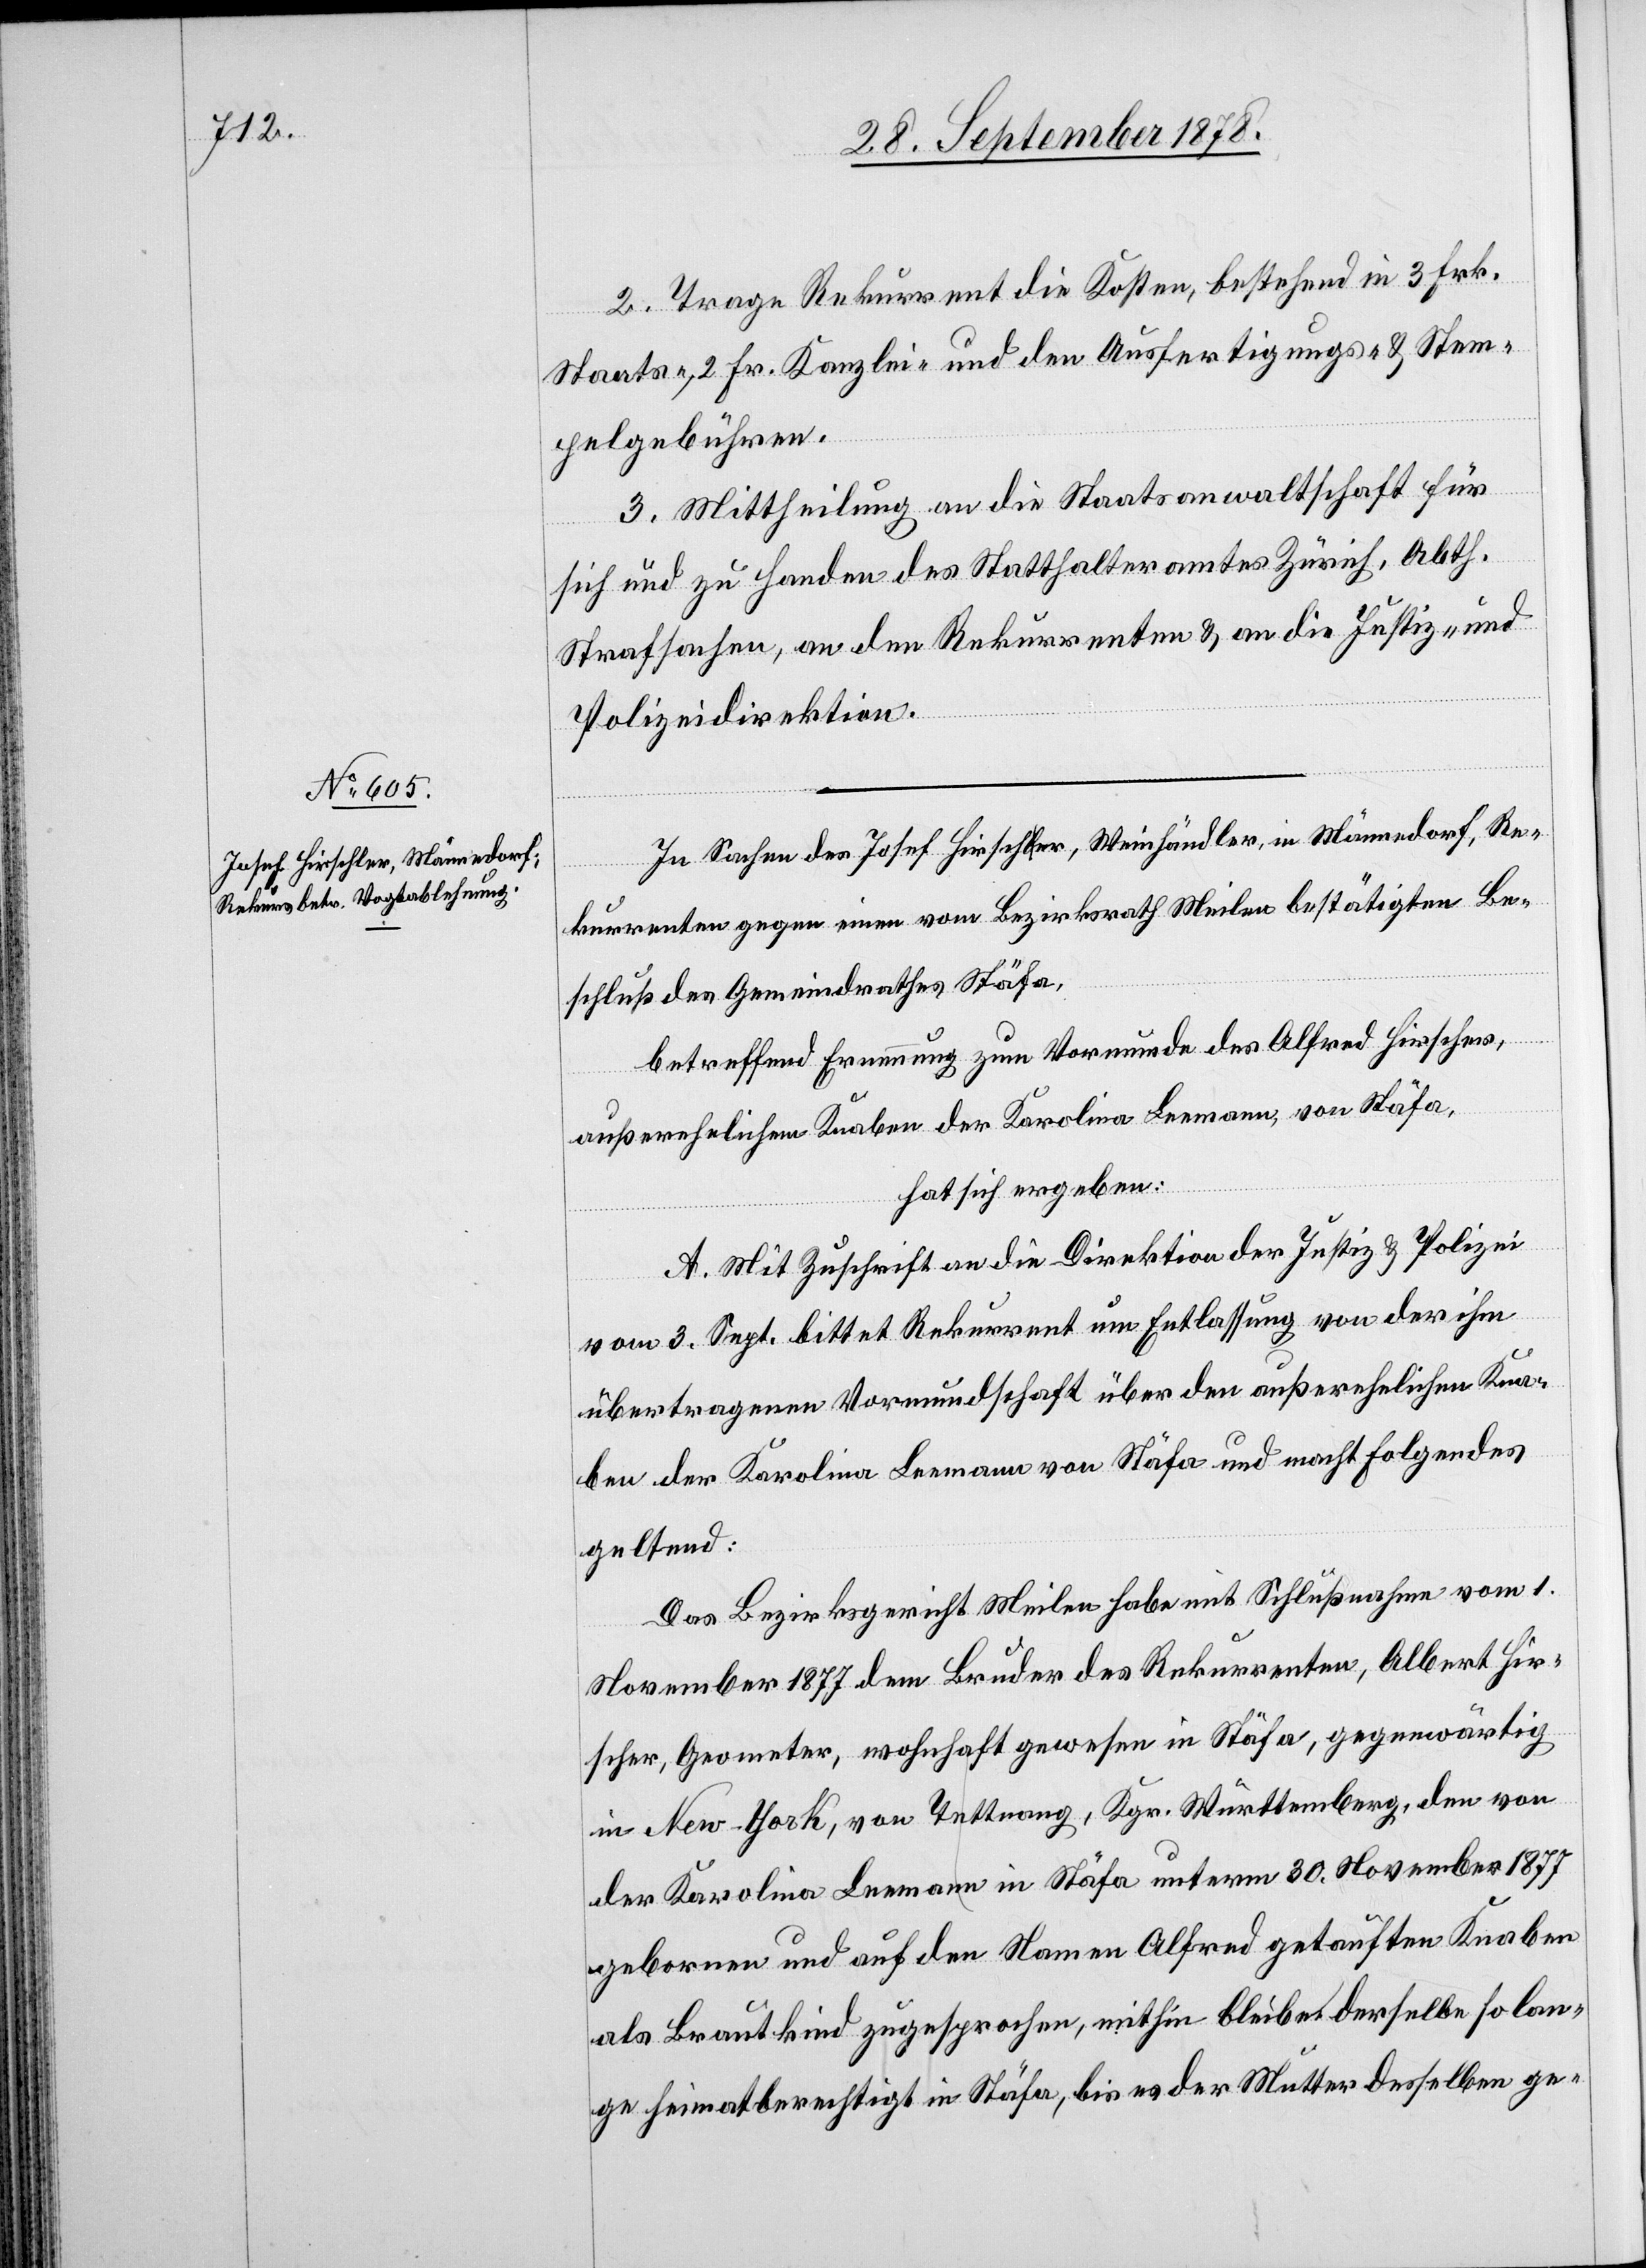
2. Trage Rekurrent die Kosten, bestehend in 3 Frk.
Staats-, 2 Fr. Kanzlei- und den Ausfertigungs- & Stem¬
pelgebühren.
3. Mittheilung an die Staatsanwaltschaft für
sich und zu Handen des Statthalteramtes Zürich, Abth.
Strafsachen, an den Rekurrenten & an die Justiz- &
Polizeidirektion.
In Sachen des Josef Hirscha-l-aer, Weinhändler, in Männedorf, Re¬
kurrenten gegen einen vom Bezirksrath Meilen bestätigten Be¬
schluß des Gemeindrathes Stäfa,
betreffend Ernennung zum Vormunde des Alfred Hirscher,
außerehelichem Knaben der Karolina Leemann, von Stäfa,
hat sich ergeben:
A. Mit Zuschrift an die Direktion der Justiz & Polizei
vom 3. Sept. bittet Rekurrent um Entlassung von der ihm
übertragenen Vormundschaft über den außerehelichen Kna¬
ben der Karolina Leemann von Stäfa und macht Folgendes
geltend:
Das Bezirksgericht Meilen habe mit Schlußnahme vom 1.
November 1877 dem Bruder des Rekurrenten, Albert Hir¬
scher, Geometer, wohnhaft gewesen in Stäfa, gegenwärtig
in New-York, von Tettnang, Kgr. Württemberg, den von
der Karolina Leemann in Stäfa unterm 30. November 1877
geboren und auf den Namen Alfred getauften Knaben
als Brautkind zugesprochen, mithin bleibe derselbe so lan¬
ge heimatberechtigt in Stäfa, bis es der Mutter desselben ge-